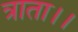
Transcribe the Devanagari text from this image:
त्राता।।